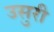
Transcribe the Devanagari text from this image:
उसुरी